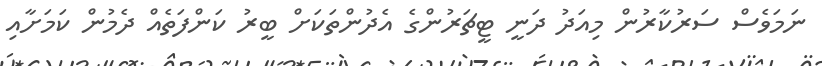
ނަމަވެސް ސަރުކާރުން މިއަދު ދަނީ ޓީޗަރުންގެ އެދުންތަކަށް ބީރު ކަންފަތެއް ދެމުން ކަމަށާއި